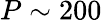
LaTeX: P\sim 200